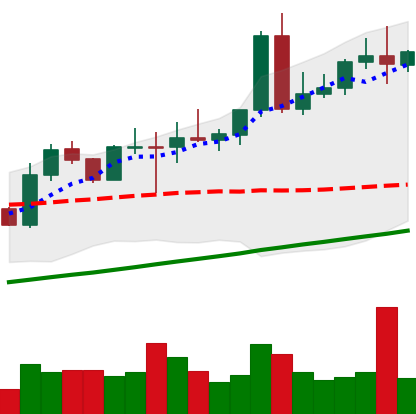
Ticker: NEO-USD
Chart end date: 2020-08-08
Forward return: 12.51%
Label: up_7plus